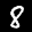
Label: 8